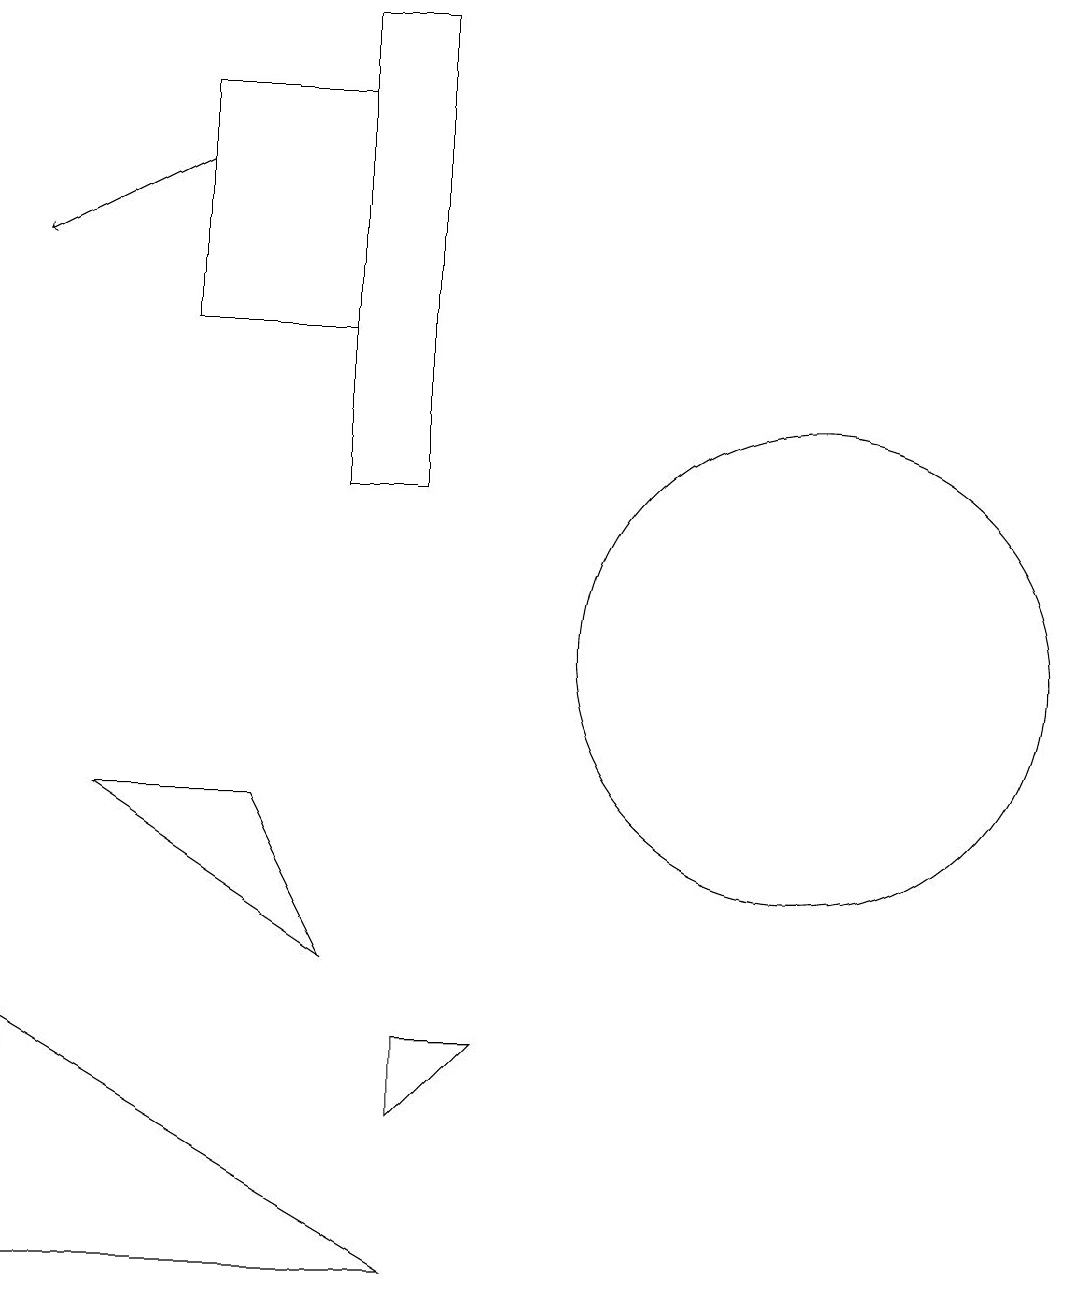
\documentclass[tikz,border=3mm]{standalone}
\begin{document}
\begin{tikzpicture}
\draw (5,13) rectangle (6,19);
\draw (1,3) -- (6,3) -- (1,6) -- cycle;
\draw[->] (3,17) -- (1,16);
\draw (11,11) circle (3);
\draw (6,5) -- (7,6) -- (6,6) -- cycle;
\draw (5,7) -- (2,9) -- (4,9) -- cycle;
\draw (3,15) rectangle (5,18);
\draw (5,13) rectangle (5,16);
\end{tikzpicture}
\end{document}